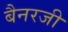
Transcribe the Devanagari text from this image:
बैनरजी